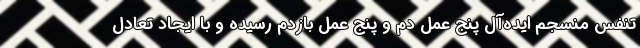
تنفس منسجم ایده‌آل پنج عمل دم و پنج عمل بازدم رسیده و با ایجاد تعادل